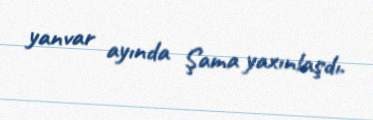
yanvar ayında Şama yaxınlaşdı.